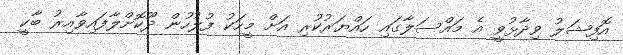
އޮފިޝަލު ވިދާޅުވީ އެ މައްސަލާގައި ހައްޔަރުކުރި އަށް މީހަކު ފުލުހުން ދޫކޮށްލާފައިވާއިރު ބާކީ